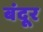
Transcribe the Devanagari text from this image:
बंदूर